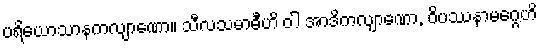
ပရိယောသာနကလျာဏော။ သီလသမာဓီဟိ ဝါ အာဒိကလျာဏော, ဝိပဿနာမဂ္ဂေဟိ